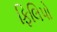
ફિલિપો